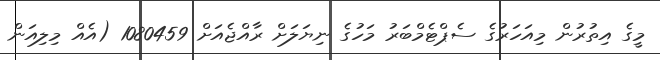
މީގެ އިތުރުން މިއަހަރުގެ ސެޕްޓެމްބަރު މަހުގެ ނިޔަލަށް ރާއްޖެއަށް 1080459 (އެއް މިލިއަން